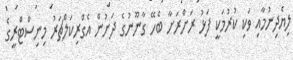
ލިޔެދިނުމާއި ވަކި ކުރުމަކީ ފަޅު ރަށްރަށާ ބެހޭ ގާނޫނުގެ ދަށުން އެގްރިކަލްޗަރު މިނިސްޓްރީގެ